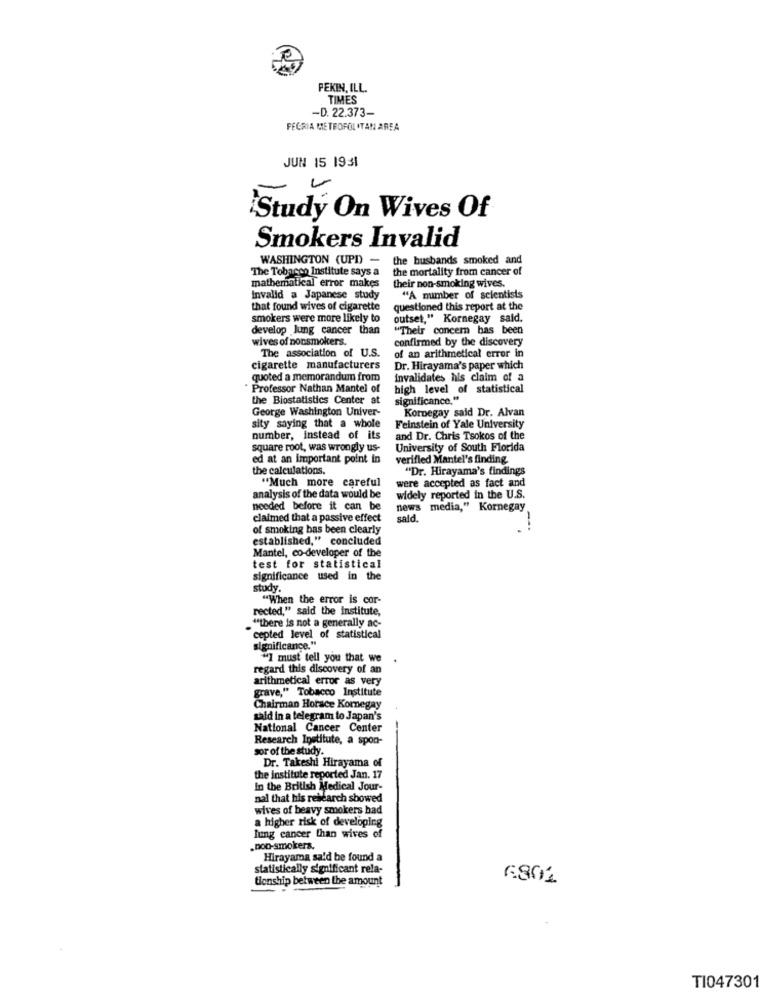
PEKIN, ILL.
TIMES
-D. 22.373-
FECRIA METEOFOLITAN AREA
JUN 15 1931
Study On Wives Of
Smokers Invalid
WASHINGTON (UPD) -
the husbands smoked and
The Tobacco Institute says a
the mortality from cancer of
mathematical error makes
their non-smoking wives.
Invalid a Japanese study
"A number of scientists
that found wives of cigarette
questioned this report at the
smokers were more likely to
outset," Kornegay said.
develop lung cancer than
"Their concern has been
wives of nonsmokers.
confirmed by the discovery
The association of U.S.
of an arithmetical error in
cigarette manufacturers
Dr. Hirayama's paper which
quoted a memorandum from
invalidates hls claim of a
Professor Nathan Mantel of
high level of statistical
the Biostatistics Center at
significance."
George Washington Univer-
Kornegay said Dr. Alvan
sity saying that a whole
Feinstein of Yale University
number, instead of its
and Dr. Chris Tsokos of the
square root, was wrongly us-
University of South Florida
ed at an important point in
verified Mantel's finding.
the calculations.
"Dr. Hirayama's findings
"Much more careful
were accepted as fact and
analysis of the data would be
widely reported in the U.S.
needed before it can be
news media," Kornegay
claimed that a passive effect
satd.
of smoking has been clearly
established," concluded
Mantel, co-developer of the
test for statistical
significance used in the
study.
"When the error is cor-
rected," said the institute,
"there is not a generally ac-
cepted level of statistical
significance."
"I must tell you that we
regard this discovery of an
arithmetical error as very
grave," Tobacco Institute
Chairman Horace Kornegay
said in a telegram to Japan's
National Cancer Center
Research Institute, a spon-
sor of the study.
Dr. Takeshi Hirayama of
the Institute reported Jan. 17
In the British Medical Jour-
nal that his research showed
wives of beavy smokers had
a higher risk of developing
lung cancer than wives of
.non-smokers.
Hirayama sald be found a
statistically significant rela-
tionship between the amount
6801
TI047301